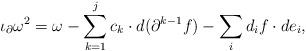
LaTeX: \begin{align*}\iota_\partial \omega^2 = \omega - \sum_{k=1}^j c_k \cdot d(\partial^{k-1} f) - \sum_i d_i f \cdot de_i,\end{align*}